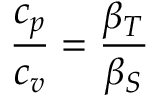
{ \frac { c _ { p } } { c _ { v } } } = { \frac { \beta _ { T } } { \beta _ { S } } }